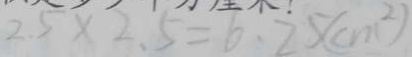
2 . 5 \times 2 . 5 = 6 . 2 5 ( c m ^ { 2 } )